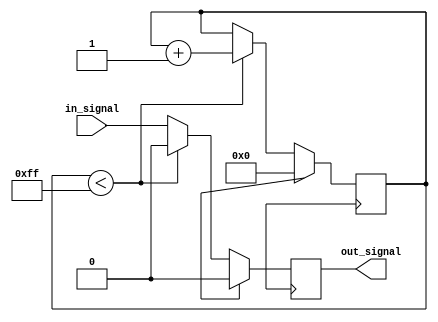
module buffer_delay (
  input wire in_signal,
  output reg out_signal
);

reg [7:0] delay_count;

always @ (posedge clk) begin
  if (reset) begin
    delay_count <= 8'b00000000;
    out_signal <= 1'b0;
  end else begin
    if (delay_count < 8'd255) begin
      delay_count <= delay_count + 1;
      out_signal <= 1'b0;
    end else begin
      out_signal <= in_signal;
    end
  end
end

endmodule